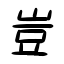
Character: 豈